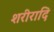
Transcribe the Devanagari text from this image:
शरीरादि